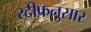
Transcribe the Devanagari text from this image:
रदीफनुसार